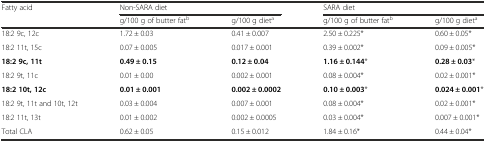
<table><thead><tr><td rowspan="2"><b>Fatty acid</b></td><td colspan="2"><b>Non-SARA diet</b></td><td colspan="2"><b>SARA diet</b></td></tr><tr><td><b>g/100 g of butter fat<sup>b</sup></b></td><td><b>g/100 g diet<sup>a</sup></b></td><td><b>g/100 g of butter fat<sup>b</sup></b></td><td><b>g/100 g diet<sup>a</sup></b></td></tr></thead><tbody><tr><td>18:2 9c, 12c</td><td>1.72 ± 0.03</td><td>0.41 ± 0.007</td><td>2.50 ± 0.225*</td><td>0.60 ± 0.05*</td></tr><tr><td>18:2 11t, 15c</td><td>0.07 ± 0.005</td><td>0.017 ± 0.001</td><td>0.39 ± 0.002*</td><td>0.09 ± 0.005*</td></tr><tr><td><b>18:2 9c, 11t</b></td><td><b>0.49 ± 0.15</b></td><td><b>0.12 ± 0.04</b></td><td><b>1.16 ± 0.144</b>*</td><td><b>0.28 ± 0.03</b>*</td></tr><tr><td>18:2 9t, 11c</td><td>0.01 ± 0.00</td><td>0.002 ± 0.001</td><td>0.08 ± 0.004*</td><td>0.02 ± 0.001*</td></tr><tr><td><b>18:2 10t, 12c</b></td><td><b>0.01 ± 0.001</b></td><td><b>0.002 ± 0.0002</b></td><td><b>0.10 ± 0.003</b>*</td><td><b>0.024 ± 0.001</b>*</td></tr><tr><td>18:2 9t, 11t and 10t, 12t</td><td>0.03 ± 0.004</td><td>0.007 ± 0.001</td><td>0.08 ± 0.004*</td><td>0.02 ± 0.001*</td></tr><tr><td>18:2 11t, 13t</td><td>0.01 ± 0.002</td><td>0.002 ± 0.0005</td><td>0.03 ± 0.004*</td><td>0.007 ± 0.001*</td></tr><tr><td>Total CLA</td><td>0.62 ± 0.05</td><td>0.15 ± 0.012</td><td>1.84 ± 0.16*</td><td>0.44 ± 0.04*</td></tr></tbody></table>